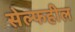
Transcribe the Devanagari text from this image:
सेल्फहील